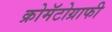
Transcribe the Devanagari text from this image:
क्रोमॅटोग्राफी